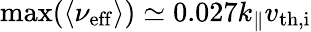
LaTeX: \mathrm{max}(\langle\nu_{\mathrm{eff}}\rangle)\simeq 0.027k_{\parallel}v_{\mathrm{th,i}}